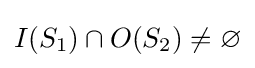
I(S_{1})\cap O(S_{2})\neq \varnothing